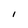
Character: I